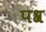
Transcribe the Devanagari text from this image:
पश्र